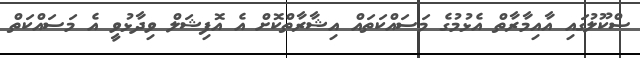
ސްކޫލުގައި އާއިމާރާތް އެޅުމުގެ މަސައްކަތައް އިޝާރާތްކޮށް އެ އޮފިޝަލް ވިދާޅުވީ އެ މަސައްކަތް